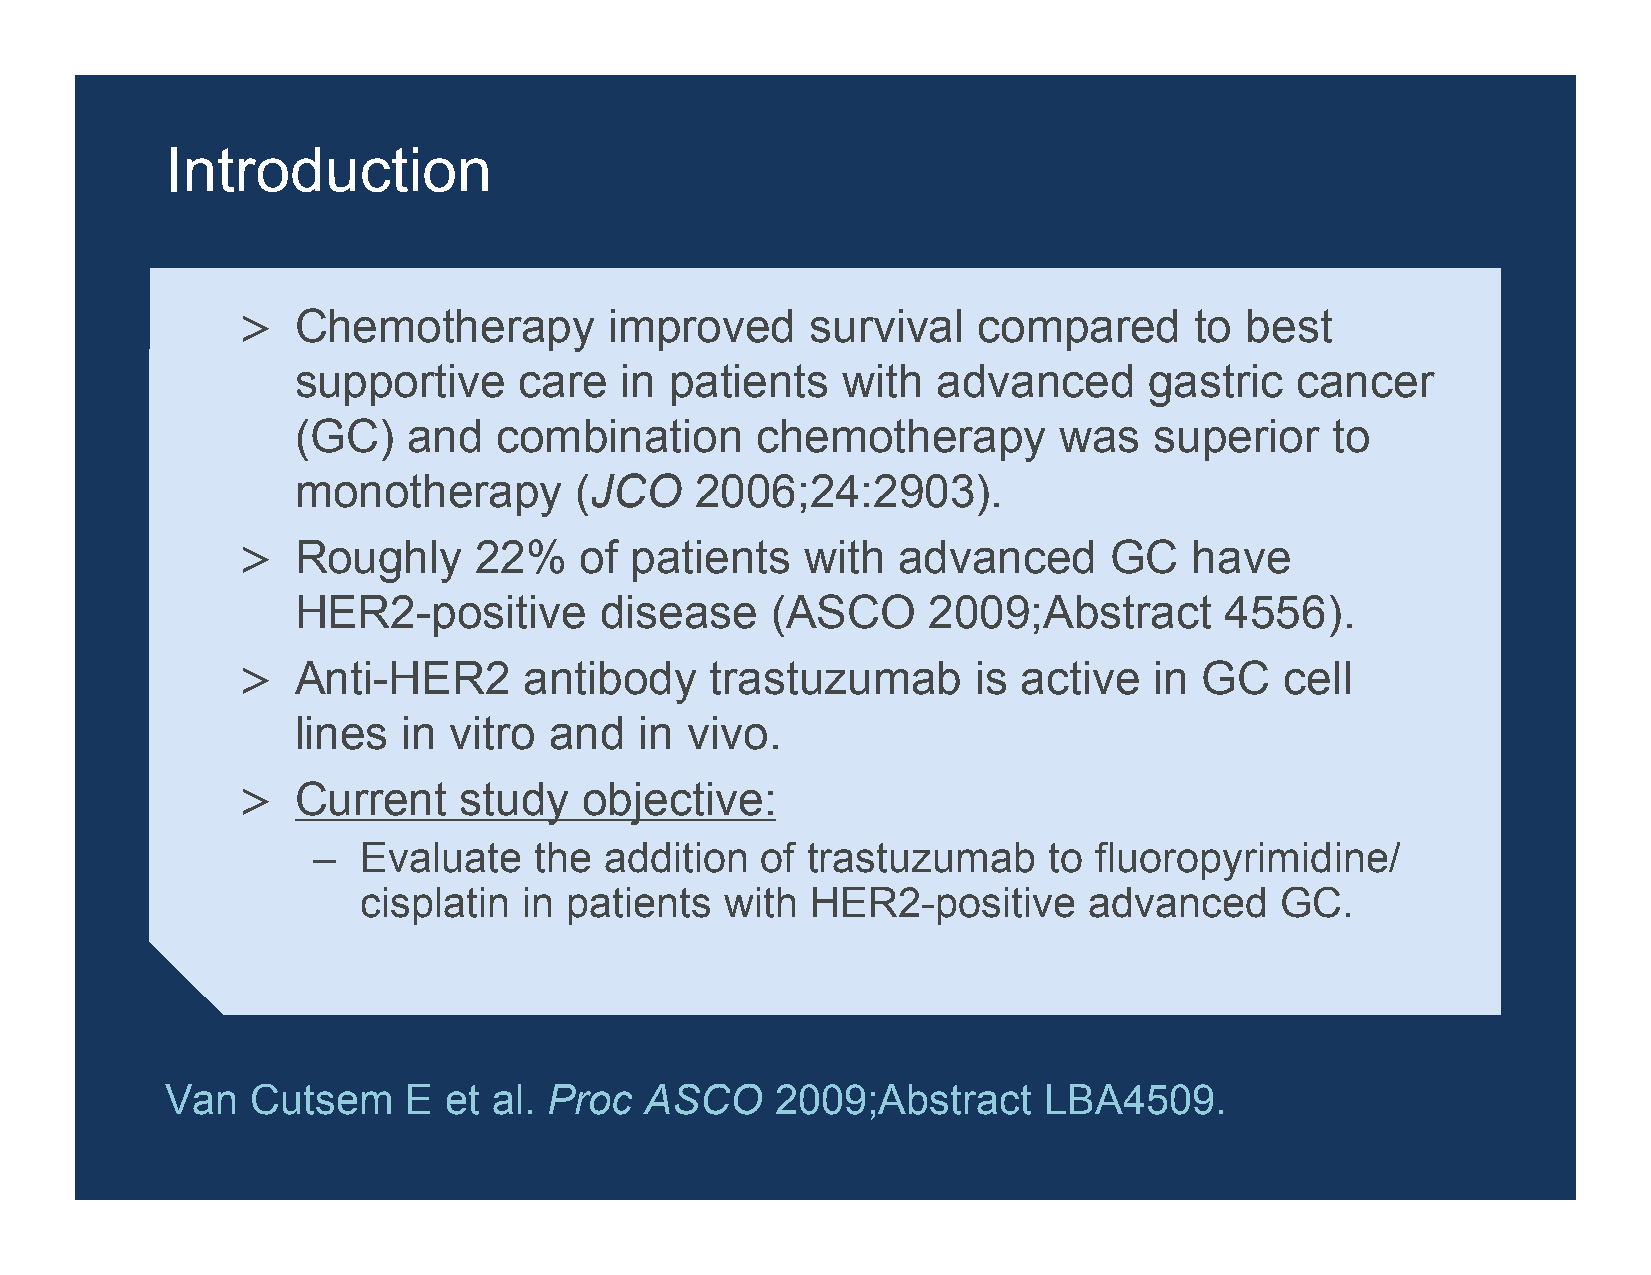
Introduction
 >  Chemotherapy         improved      survival   compared      to best
 supportive     care   in patients    with  advanced      gastric   cancer
 (GC)    and   combination      chemotherapy        was   superior    to
 monotherapy        (JCO    2006;24:2903).
 >  Roughly     22%    of  patients   with  advanced      GC    have
 HER2-positive        disease    (ASCO     2009;Abstract       4556).
 >  Anti-HER2       antibody    trastuzumab       is active  in  GC   cell
 lines   in vitro and   in vivo.
 >  Current    study    objective:
 –  Evaluate   the  addition  of trastuzumab     to fluoropyrimidine/
 cisplatin  in patients  with  HER2-positive     advanced     GC.
 Van   Cutsem    E et  al. Proc  ASCO    2009;Abstract     LBA4509.